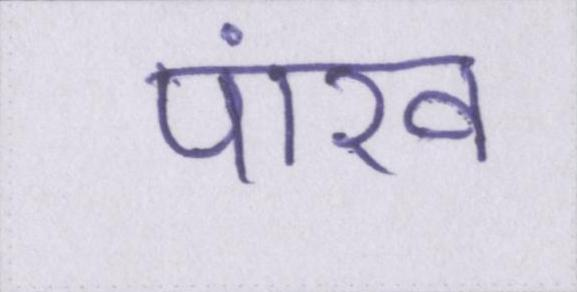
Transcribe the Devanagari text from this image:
पांख